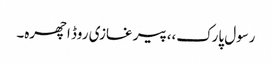
رسول پارک،،پیر غازی روڈ اچھرہ۔